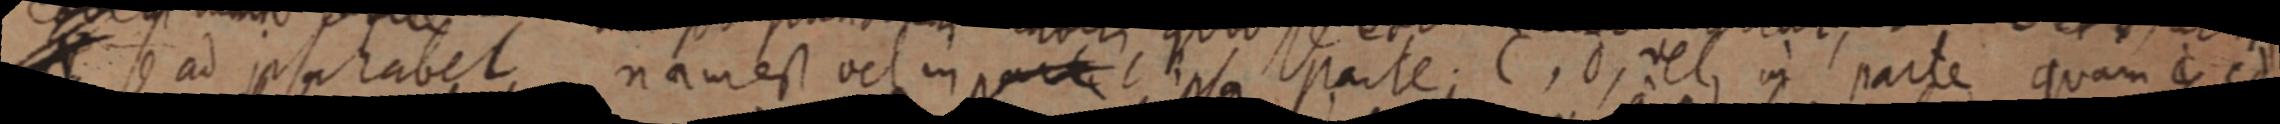
A se ad ipsa habet nam est vel in partet ipsa parte. C, d, vel in parte quam C cd